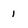
Character: 1